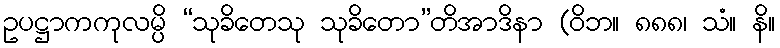
ဥပဋ္ဌာကကုလမ္ပိ “သုခိတေသု သုခိတော”တိအာဒိနာ (ဝိဘ။ ၈၈၈၊ သံ။ နိ။